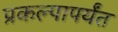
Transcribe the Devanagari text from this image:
प्रकल्पापर्यंत